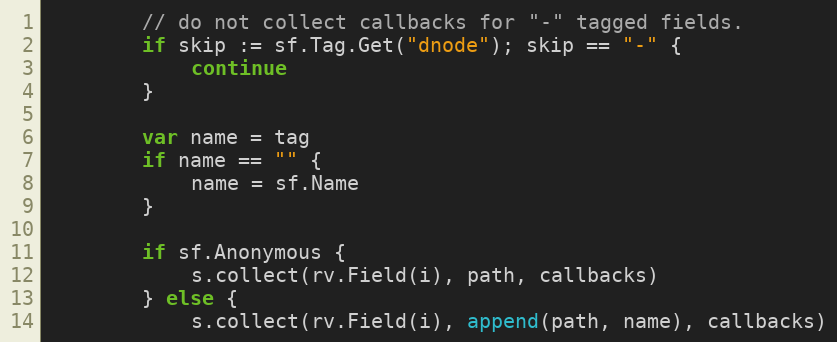
Language: Go
		// do not collect callbacks for "-" tagged fields.
		if skip := sf.Tag.Get("dnode"); skip == "-" {
			continue
		}

		var name = tag
		if name == "" {
			name = sf.Name
		}

		if sf.Anonymous {
			s.collect(rv.Field(i), path, callbacks)
		} else {
			s.collect(rv.Field(i), append(path, name), callbacks)